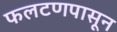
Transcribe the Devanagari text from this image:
फलटणपासून